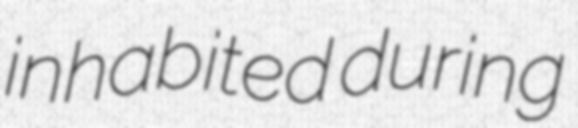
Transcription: inhabited during